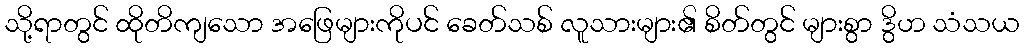
သို့ရာတွင် ထိုတိကျသော အဖြေများကိုပင် ခေတ်သစ် လူသားများ၏ စိတ်တွင် များစွာ ဒွိဟ သံသယ